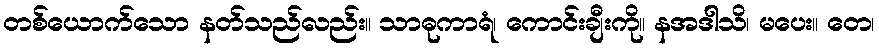
တစ်ယောက်သော နတ်သည်လည်း။ သာဓုကာရံ၊ ကောင်းချီးကို။ နအဒါသိ၊ မပေး။ တေ၊